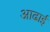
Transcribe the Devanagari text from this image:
आढाई